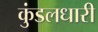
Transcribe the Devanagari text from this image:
कुंडलधारी